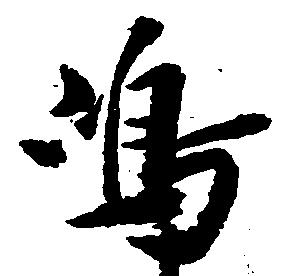
嶋